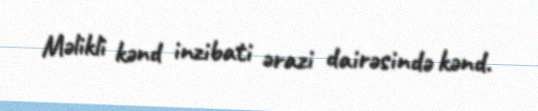
Məlikli kənd inzibati ərazi dairəsində kənd.